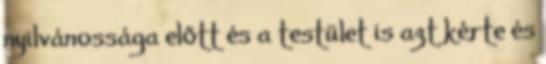
nyilvánossága előtt és a testület is azt kérte és